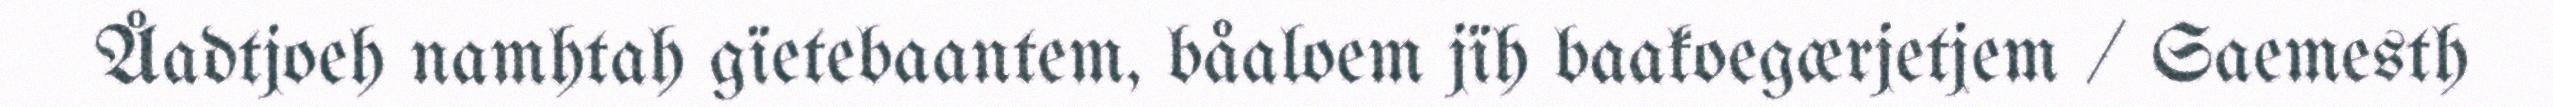
Åadtjoeh namhtah gïetebaantem, båaloem jïh baakoegærjetjem / Saemesth